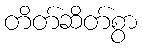
တိတ်ဆိတ်စွာ